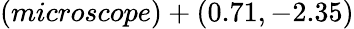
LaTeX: (microscope)+(0.71,-2.35)